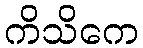
ကိသိကေ